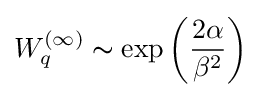
W_{q}^{(\infty )}\thicksim \exp \left({\frac {2\alpha }{\beta ^{2}}}\right)